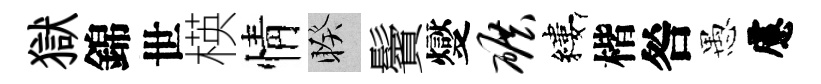
獄錦世楧情睽鬢燮碾縷楷咎愚慮